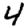
Digit: 4